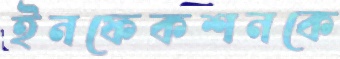
ইনফেকশনকে